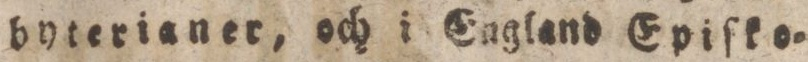
byterianer, och i England Epiſko=